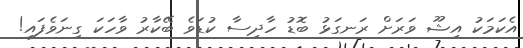
އެކަމަކު އިޝޫ ވަރަށް ރަނގަޅު ބޮޑު ހާދިސާ ކުޑަވެ ބޭކާރު ވާހަކަ ގިނަވެފައި!